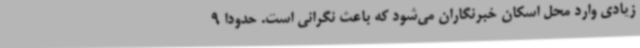
زیادی وارد محل اسکان خبرنگاران می‌شود که باعث نگرانی است. حدودا 9